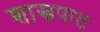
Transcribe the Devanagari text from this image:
शास्त्रपाठ